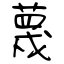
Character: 蔑